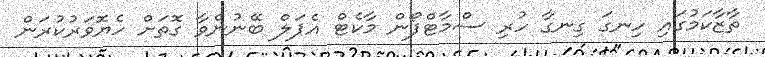
ތާޒާކަމުގައި ހިނގަ ގިނގާ ހުރި ސްމާޓްފޯން މާކެޓް އެޕަލް ބޭނުންވާ ގޮތަށް ހެޔޮވަރުކުރަން